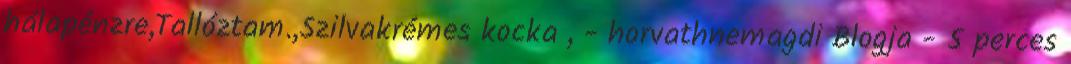
hálapénzre,Tallóztam.,Szilvakrémes kocka , - horvathnemagdi Blogja - 5 perces